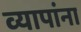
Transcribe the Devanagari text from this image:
व्यापांना